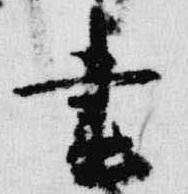
昼